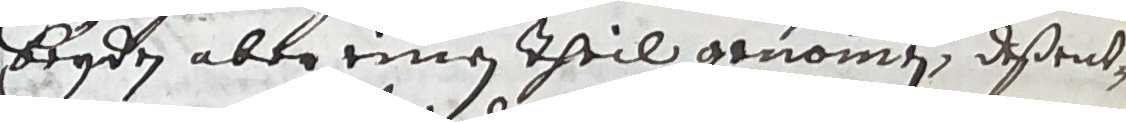
beyden aber einen theil genommen, deßent-